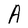
Character: A